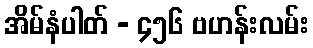
အိမ်နံပါတ် - ၄၅၆ ဗဟန်းလမ်း